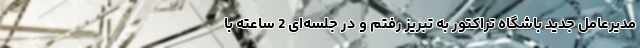
مدیرعامل جدید باشگاه تراکتور به تبریز رفتم و در جلسه‌ای 2 ساعته با